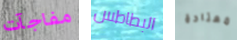
مفاجآت البطاطس معتادة